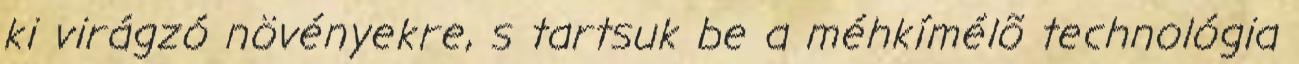
ki virágzó növényekre, s tartsuk be a méhkímélõ technológia